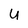
Character: U